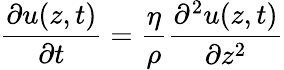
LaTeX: \frac{\partial u(z,t)}{\partial t}=\frac{\eta}{\rho}\frac{\partial^{2}u(z,t)}{\partial{z}^{2}}